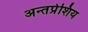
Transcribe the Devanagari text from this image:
अन्तर्प्रेशिय